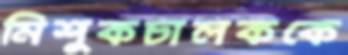
মিশুকচালককে